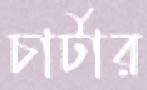
চার্টার